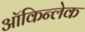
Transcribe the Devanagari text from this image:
ऑकिन्लेक